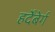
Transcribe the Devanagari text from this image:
हर्देंबेर्ग